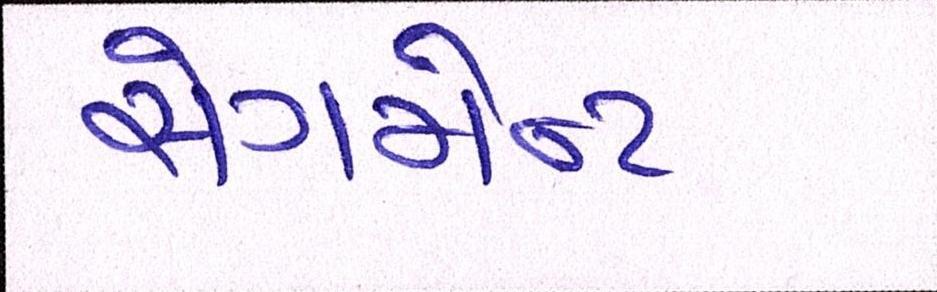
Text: સેગમેન્ટ